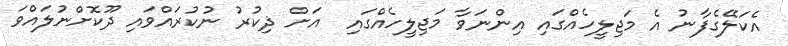
އެކަލޭގެފާނު އެ މަޖިލީހެއްގައި އިންނަވާ މަޖިލީހެއްގައި  އަށް ޛިކުރު ނުކުރައްވައި ދޫކޮށްނުލައްވަ